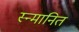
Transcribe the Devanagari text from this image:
स्न्मानित